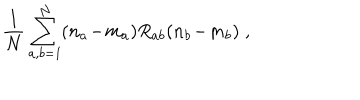
\frac { 1 } { N } \sum _ { a , b = 1 } ^ { N } ( n _ { a } \! - \! m _ { a } ) R _ { a b } ( n _ { b } \! - \! m _ { b } ) \; ,